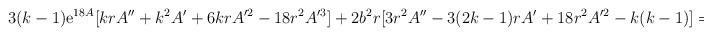
LaTeX: \begin{align*}3 (k-1) {\rm e}^{18A} [ k r A'' + k^2 A' + 6 k r A'^2 - 18 r^2A'^3 ] + 2 b^2 r [ 3 r^2 A'' - 3 (2k-1) r A' + 18 r^2 A'^2 -k(k-1) ] = 0.\end{align*}